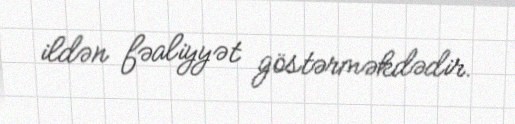
ildən fəaliyyət göstərməkdədir.